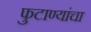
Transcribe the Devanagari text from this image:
फुटाण्यांचा